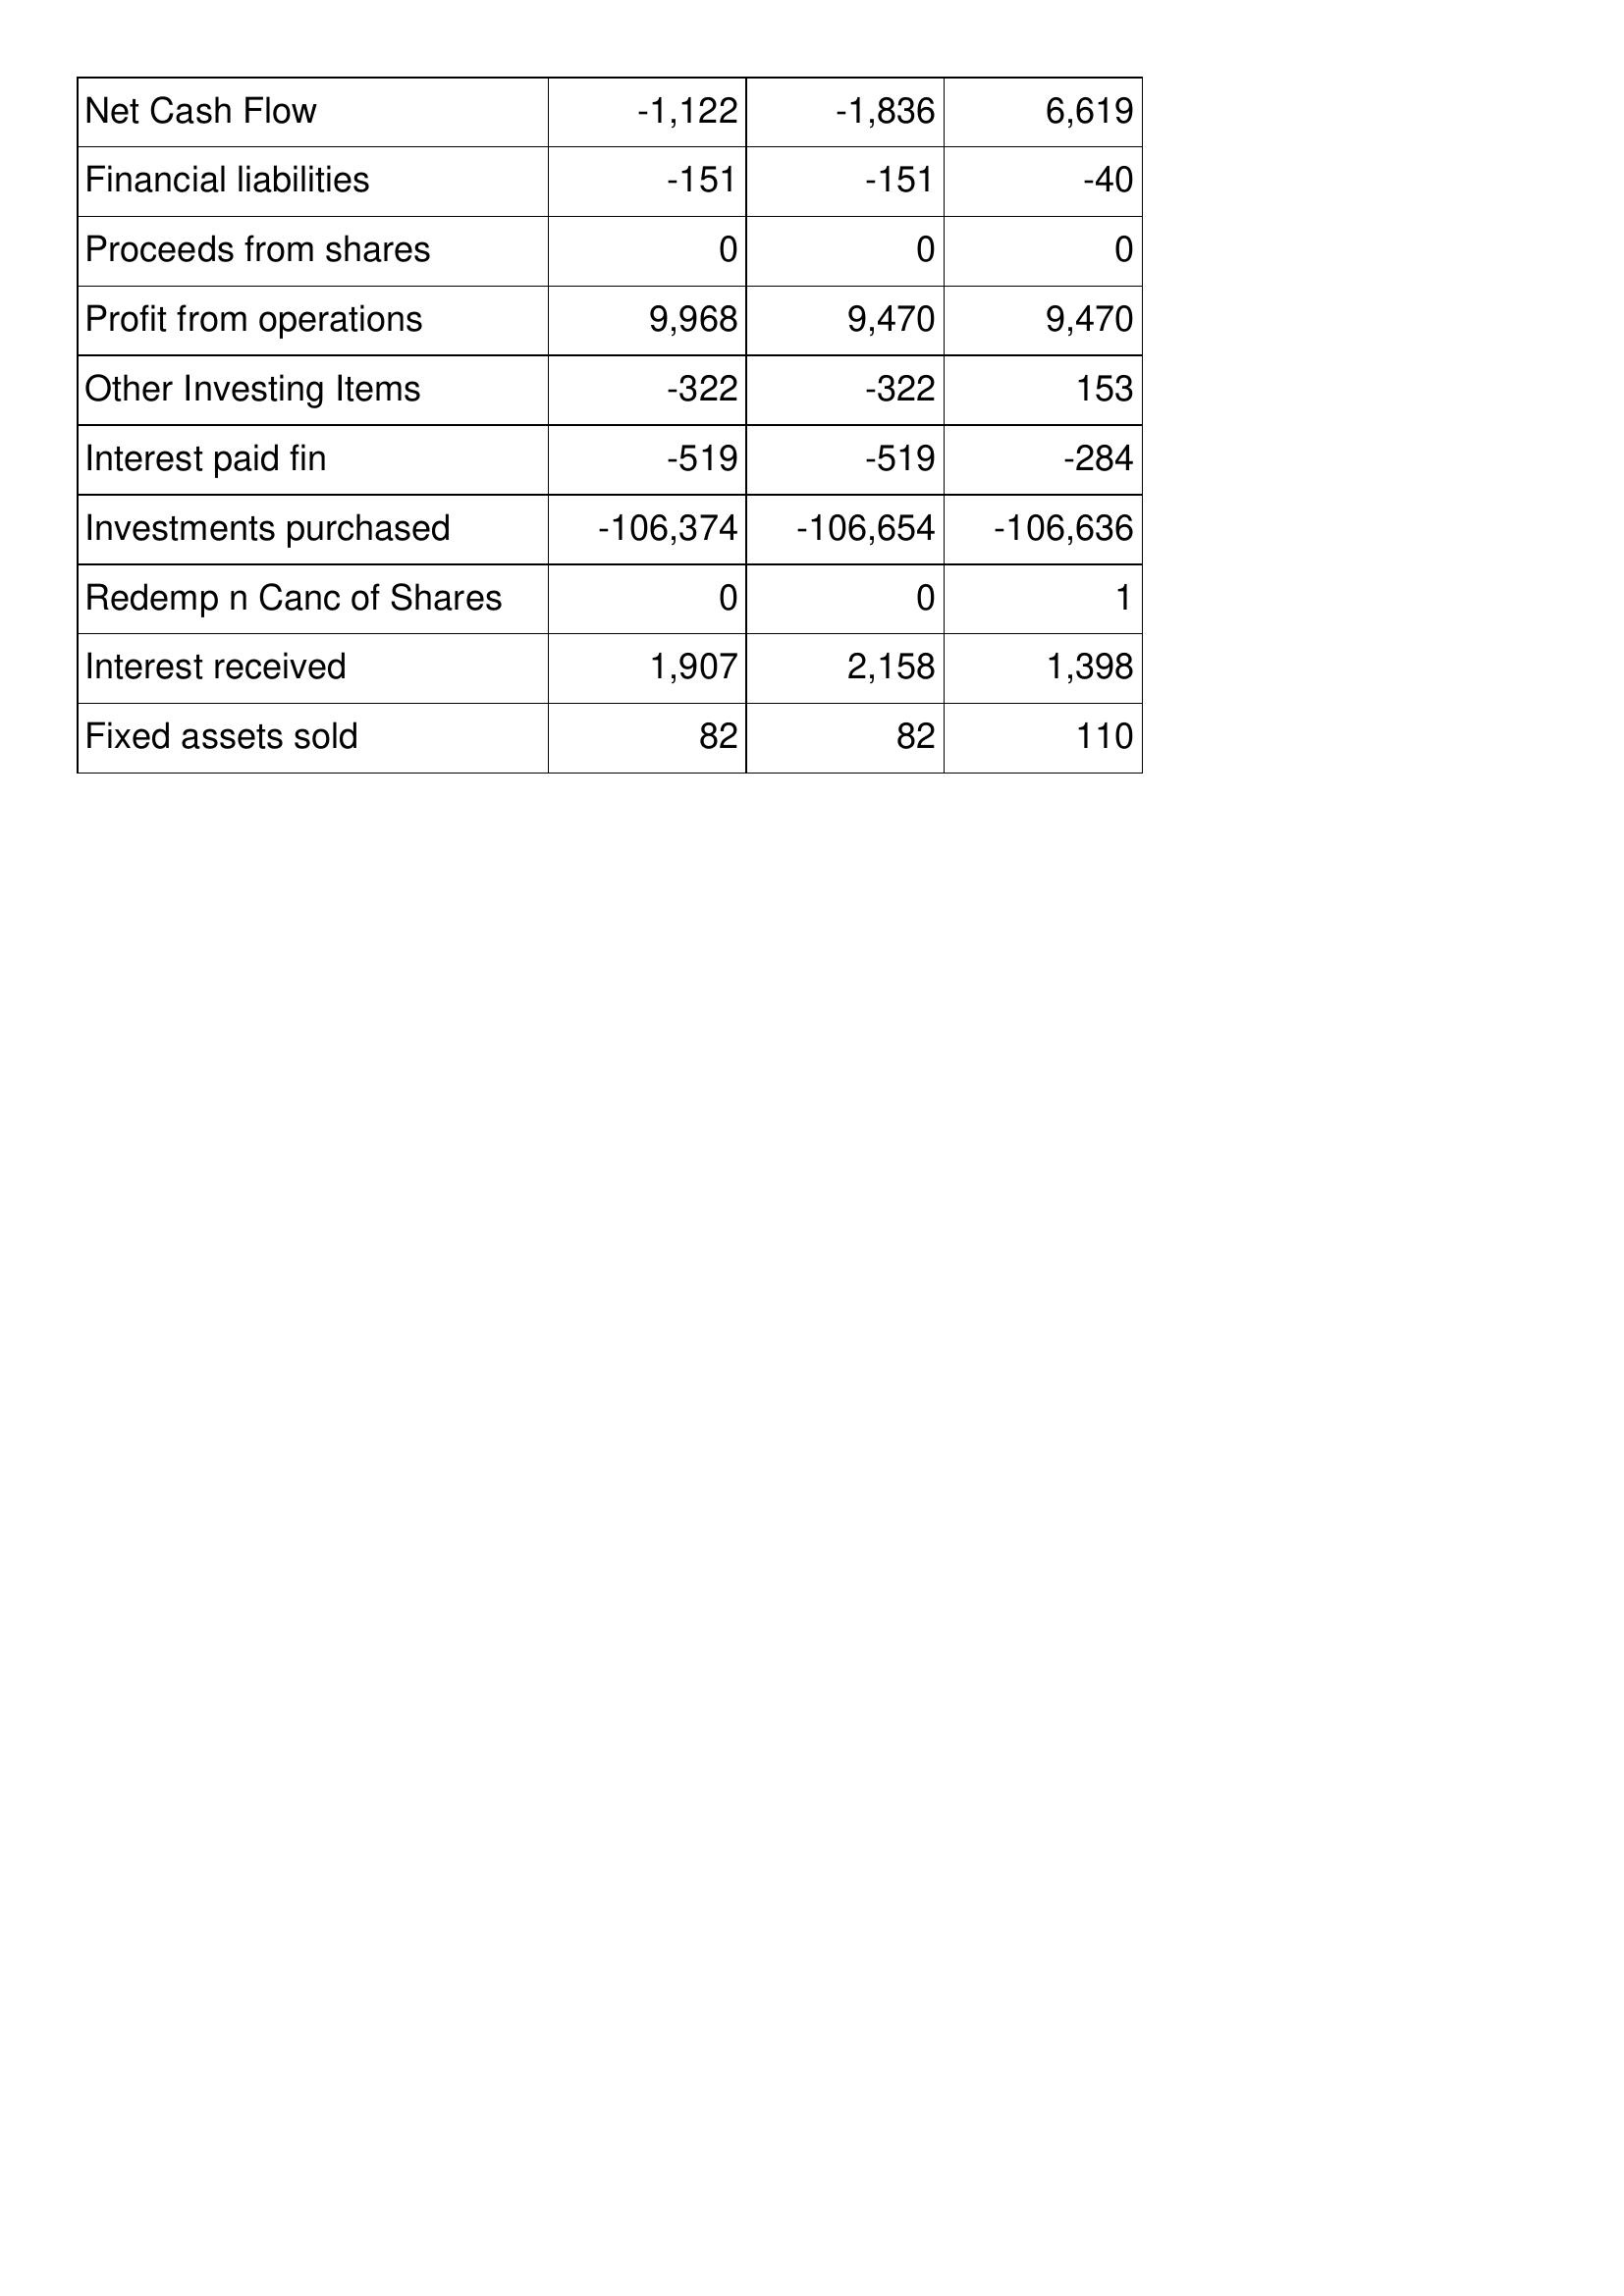
Jan-07: Cash Flows: Net Cash Flow: -1,122
Financial liabilities: -151
Proceeds from shares: 0
Profit from operations: 9,968
Other Investing Items: -322
Interest paid fin: -519
Investments purchased: -106,374
Redemp n Canc of Shares: 0
Interest received: 1,907
Fixed assets sold: 82
Jan-08: Cash Flows: Net Cash Flow: -1,836
Financial liabilities: -151
Proceeds from shares: 0
Profit from operations: 9,470
Other Investing Items: -322
Interest paid fin: -519
Investments purchased: -106,654
Redemp n Canc of Shares: 0
Interest received: 2,158
Fixed assets sold: 82
Jan-09: Cash Flows: Net Cash Flow: 6,619
Financial liabilities: -40
Proceeds from shares: 0
Profit from operations: 9,470
Other Investing Items: 153
Interest paid fin: -284
Investments purchased: -106,636
Redemp n Canc of Shares: 1
Interest received: 1,398
Fixed assets sold: 110